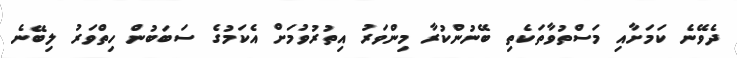
ދެވޭނެ ކަމަށާއި މަސްތުވާތަކެތި ބޭނުންކުރާ މިންވަރު އިތުރުވުމަށް އެކަމުގެ ސަބަބުން ހިތްވަރު ލިބޭނެ